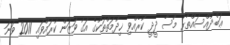
ޢަބްދުއްސައްތާރު މޫސާ ދީދީ ކުރެއްވި ޚިދުމަތްތަކުގެ އަގު ވަޒަން ކުރައްވައި 2011 ވަނަ